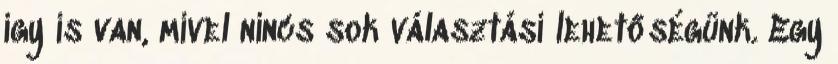
így is van, mivel nincs sok választási lehetőségünk. Egy